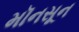
મૉનસૂન